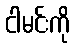
ငါမင်းကို